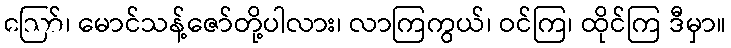
ဪ၊ မောင်သန့်ဇော်တို့ပါလား၊ လာကြကွယ်၊ ဝင်ကြ၊ ထိုင်ကြ ဒီမှာ။